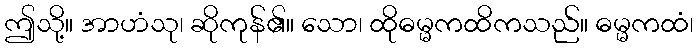
ဤသို့။ အာဟံသု၊ ဆိုကုန်၏။ သော၊ ထိုဓမ္မကထိကသည်။ ဓမ္မကထံ၊